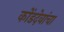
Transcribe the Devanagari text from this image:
कोंडदेवांचा